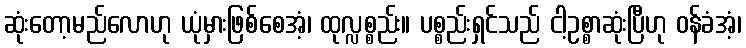
ဆုံးတော့မည်လောဟု ယုံမှားဖြစ်စေအံ့၊ ထုလ္လစ္စည်း။ ပစ္စည်းရှင်သည် ငါ့ဥစ္စာဆုံးပြီဟု ဝန်ခံအံ့၊